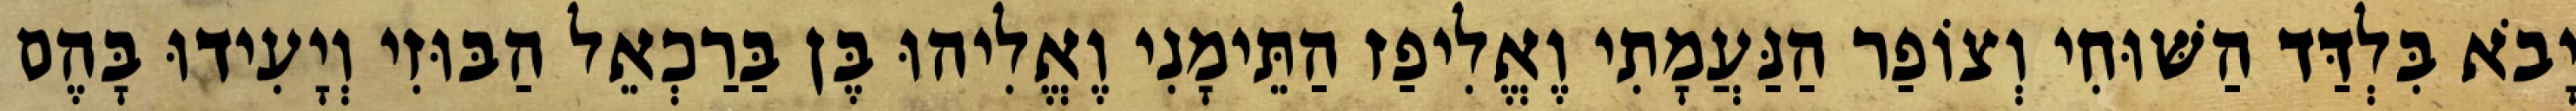
יָבֹא בִּלְדַּד הַשּׁוּחִי וְצוֹפַר הַנַּעֲמָתִי וֶאֱלִיפַז הַתֵּימָנִי וֶאֱלִיהוּ בֶּן בַּרַכְאֵל הַבּוּזִי וְיָעִידוּ בָּהֶם